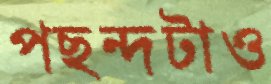
পছন্দটাও